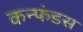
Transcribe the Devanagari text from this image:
कन्फंडस